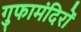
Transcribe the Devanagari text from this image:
गुफामंदिरों